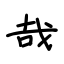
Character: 哉